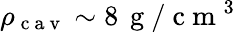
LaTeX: \rho_{\mathrm{~c~a~v~}}\sim 8\, \mathrm{~g~}/\mathrm{~c~m~}^{3}